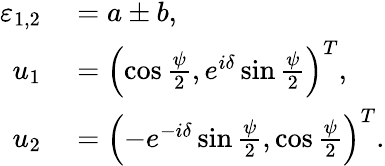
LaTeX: \begin{array}{rl}{\varepsilon_{1,2}}&{{}=a\pm b,}\\ {u_{1}}&{{}=\left(\cos\frac{\psi}{2},e^{i\delta}\sin\frac{\psi}{2}\right)^{T},}\\ {u_{2}}&{{}=\left(-e^{-i\delta}\sin\frac{\psi}{2},\cos\frac{\psi}{2}\right)^{T}.}\end{array}